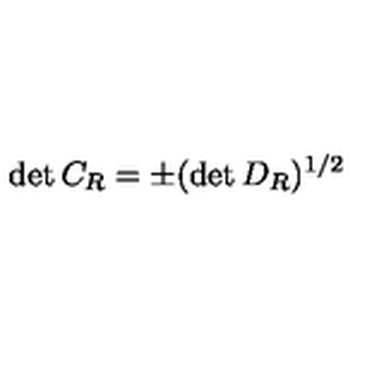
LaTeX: \det { C _ { R } } = \pm ( \det { D _ { R } } ) ^ { 1 / 2 }